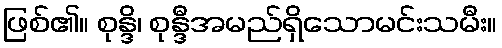
ဖြစ်၏။ စုန္ဒိ၊ စုန္ဒီအမည်ရှိသောမင်းသမီး။